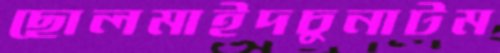
ছোলমাইদচুনাটম